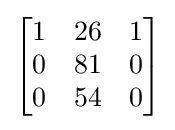
{\begin{bmatrix}1&26&1\\0&81&0\\0&54&0\end{bmatrix}}